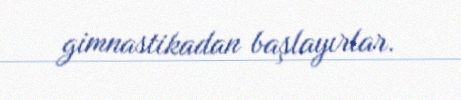
gimnastikadan başlayırlar.